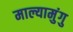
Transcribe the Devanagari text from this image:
माल्यामुंगु